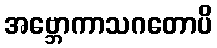
အဗ္ဘောကာသဂတောပိ